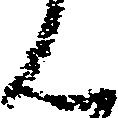
ん